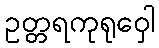
ဥတ္တရကုရုဝှေါ